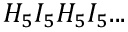
H _ { 5 } I _ { 5 } H _ { 5 } I _ { 5 } . . .